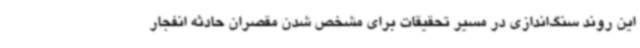
این روند سنگ‌اندازی در مسیر تحقیقات برای مشخص شدن مقصران حادثه انفجار